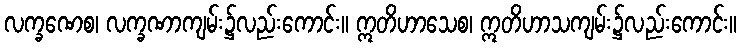
လက္ခဏေစ၊ လက္ခဏာကျမ်း၌လည်းကောင်း။ ဣတိဟာသေစ၊ ဣတိဟာသကျမ်း၌လည်းကောင်း။